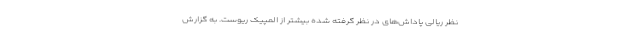
نظر ریالی پاداش‌های در نظر گرفته شده بیشتر از المپیک ریوست. به گزارش